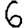
Digit: 6